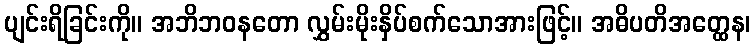
ပျင်းရိခြင်းကို။ အဘိဘဝနတော လွှမ်းမိုးနှိပ်စက်သောအားဖြင့်။ အဓိပတိအတ္ထေန၊